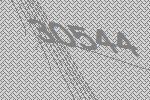
30544